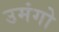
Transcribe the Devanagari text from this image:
उमंगो